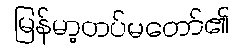
မြန်မာ့တပ်မတော်၏